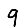
Digit: 9